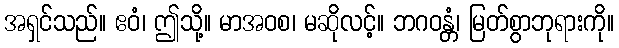
အရှင်သည်။ ဧဝံ၊ ဤသို့။ မာအဝစ၊ မဆိုလင့်။ ဘဂဝန္တံ၊ မြတ်စွာဘုရားကို။